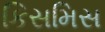
કિસમિસ